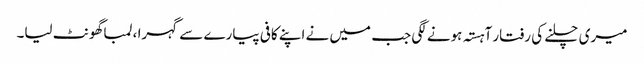
میری چلنے کی رفتار آہستہ ہونے لگی جب میں نے اپنے کافی پیارے سے گہرا ، لمبا گھونٹ لیا۔